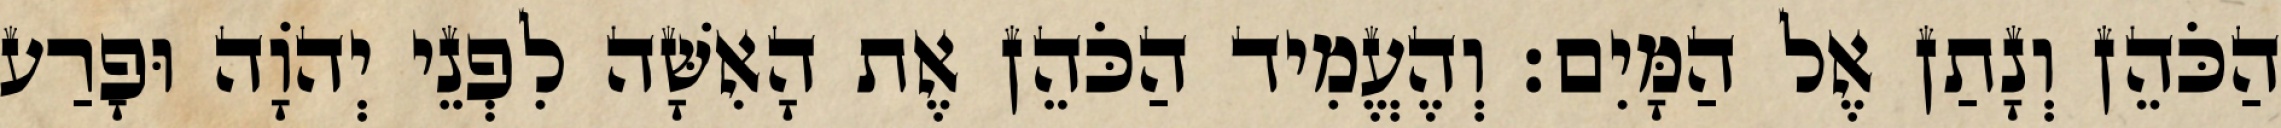
הַכֹּהֵן וְנָתַן אֶל הַמָּיִם׃ וְהֶעֱמִיד הַכֹּהֵן אֶת הָאִשָּׁה לִפְנֵי יְהוָֹה וּפָרַע